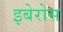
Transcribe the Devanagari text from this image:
इबेरोस